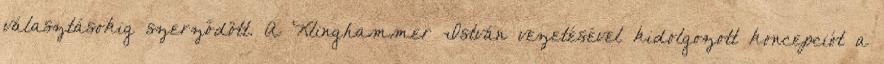
választásokig szerződött. A Klinghammer István vezetésével kidolgozott koncepciót a